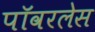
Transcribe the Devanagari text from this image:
पॉवरलेस